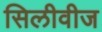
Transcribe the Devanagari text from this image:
सिलीवीज